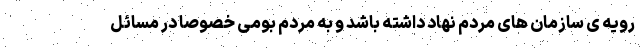
رویه ی سازمان های مردم نهاد داشته باشد و به مردم بومی خصوصا در مسائل